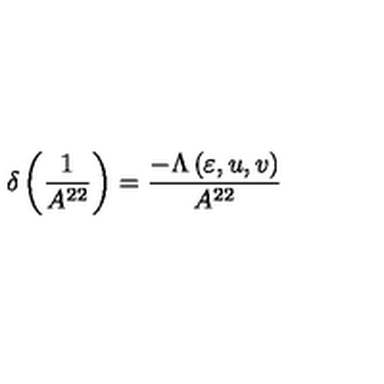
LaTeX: \delta \left( \frac { 1 } { A ^ { 2 2 } } \right) = \frac { - \Lambda \left( \varepsilon , u , v \right) } { A ^ { 2 2 } }